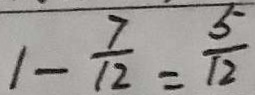
1 - \frac { 7 } { 1 2 } = \frac { 5 } { 1 2 }